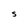
Character: S